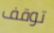
توقف